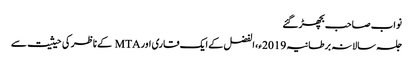
نواب صاحب بچھڑ گئے
جلسہ سالانہ برطانیہ 2019ء، الفضل کے ایک قاری اور MTA کے ناظر کی حیثیت سے